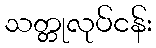
သတ္တုလုပ်ငန်း